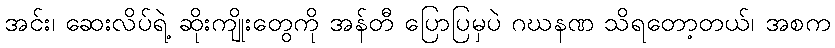
အင်း၊ ဆေးလိပ်ရဲ့ ဆိုးကျိုးတွေကို အန်တီ ပြောပြမှပဲ ဂဃနဏ သိရတော့တယ်၊ အစက